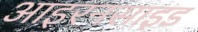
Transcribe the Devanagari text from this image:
आइरनसाइड